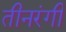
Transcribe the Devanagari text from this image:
तीनरंगी